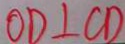
O D \bot C D